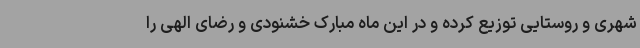
شهری و روستایی توزیع کرده و در این ماه مبارک خشنودی و رضای الهی را